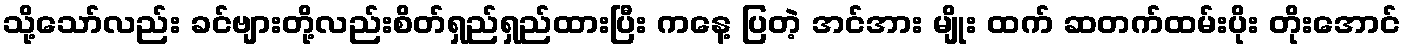
သို့သော်လည်း ခင်ဗျားတို့လည်းစိတ်ရှည်ရှည်ထားပြီး ကနေ့ ပြတဲ့ အင်အား မျိုး ထက် ဆတက်ထမ်းပိုး တိုးအောင်